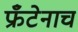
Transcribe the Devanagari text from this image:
फ्रँटेनाच